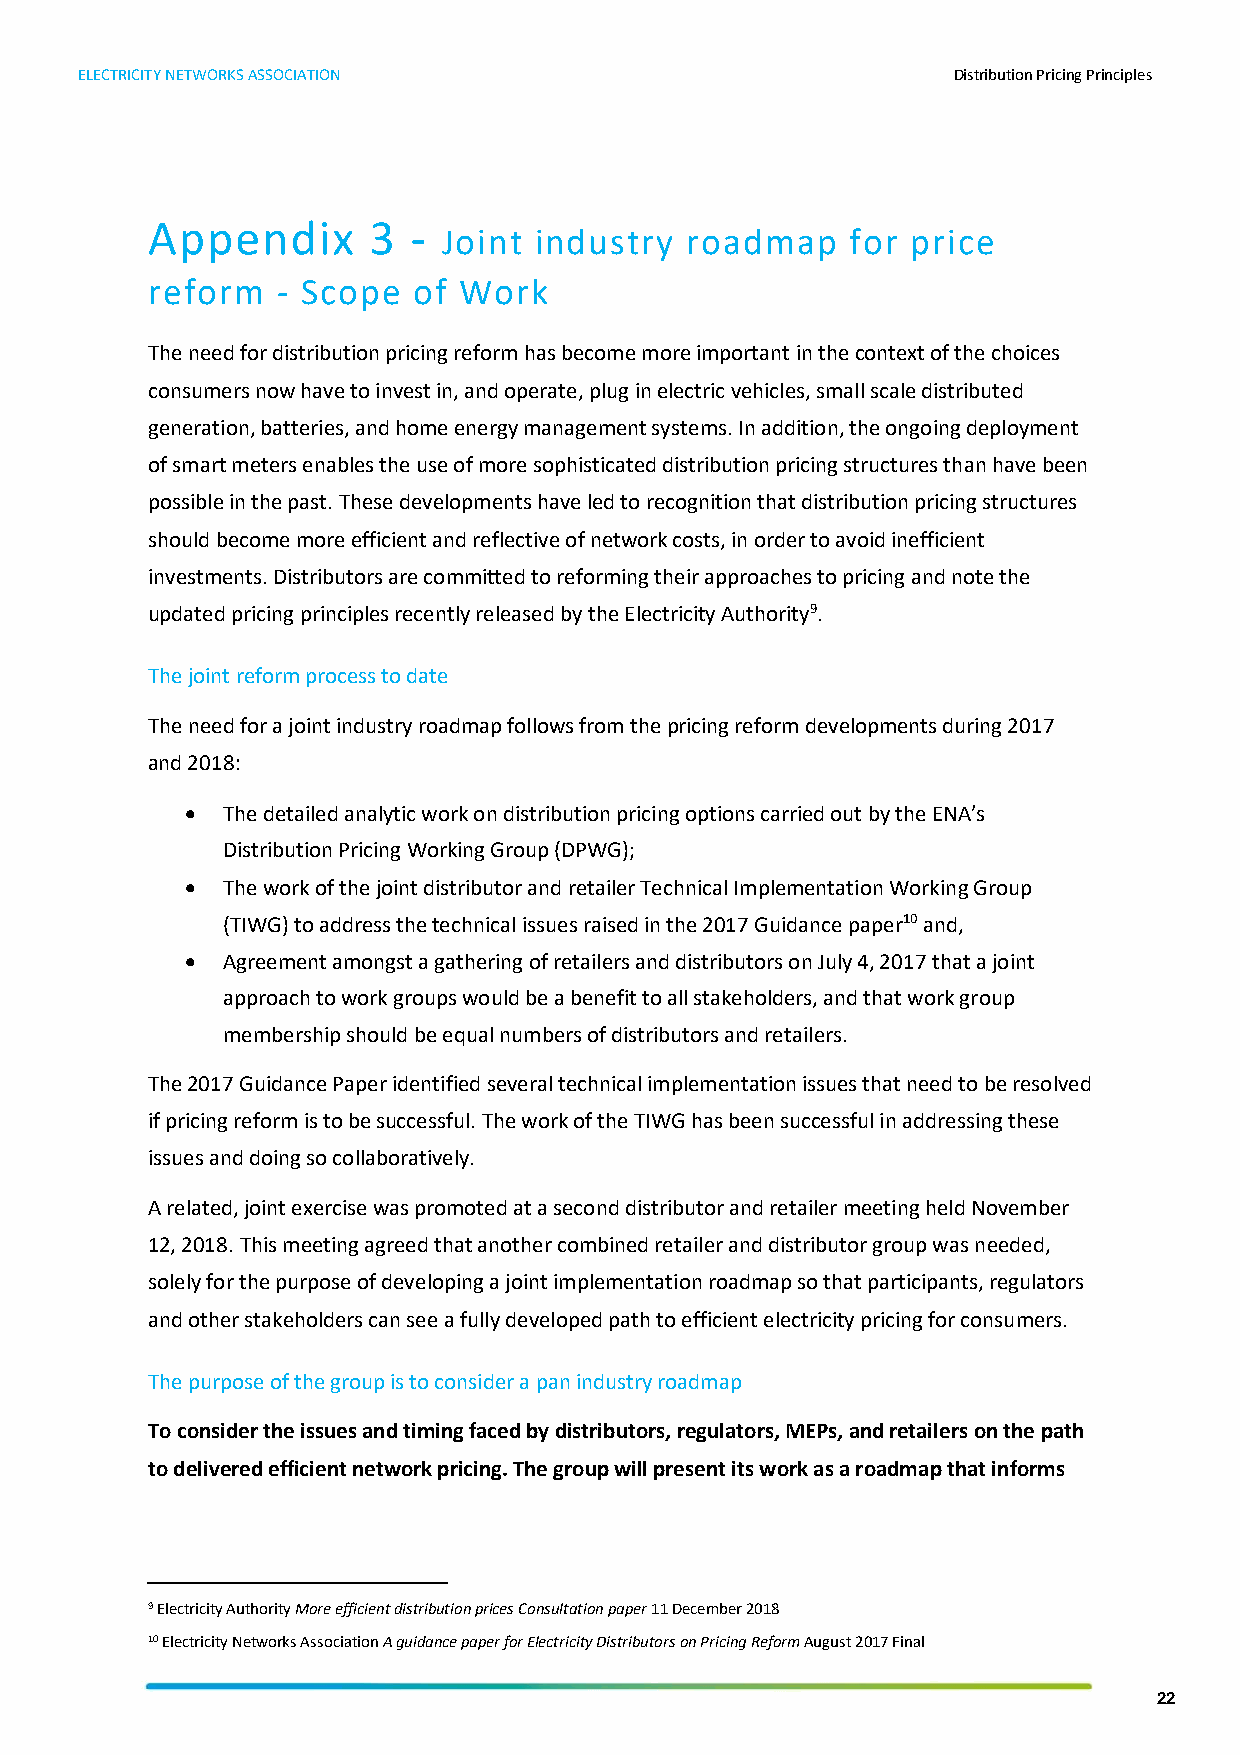
ELECTRICITY NETWORKS ASSOCIATION                          Distribution Pricing Principles
 Appendix      3  -
 Joint industry  roadmap    for price
 reform  - Scope  of Work
 The need for distribution pricing reform has become more important in the context of the choices
 consumers now have to invest in, and operate, plug in electric vehicles, small scale distributed
 generation, batteries, and home energy management systems. In addition, the ongoing deployment
 of smart meters enables the use of more sophisticated distribution pricing structures than have been
 possible in the past. These developments have led to recognition that distribution pricing structures
 should become more efficient and reflective of network costs, in order to avoid inefficient
 investments. Distributors are committed to reforming their approaches to pricing and note the
 updated pricing principles recently released by the Electricity Authority9.
 The joint reform process to date
 The need for a joint industry roadmap follows from the pricing reform developments during 2017
 and 2018:
 •  The detailed analytic work on distribution pricing options carried out by the ENA’s
 Distribution Pricing Working Group (DPWG);
 •  The work of the joint distributor and retailer Technical Implementation Working Group
 (TIWG) to address the technical issues raised in the 2017 Guidance paper10 and,
 •  Agreement amongst a gathering of retailers and distributors on July 4, 2017 that a joint
 approach to work groups would be a benefit to all stakeholders, and that work group
 membership should be equal numbers of distributors and retailers.
 The 2017 Guidance Paper identified several technical implementation issues that need to be resolved
 if pricing reform is to be successful. The work of the TIWG has been successful in addressing these
 issues and doing so collaboratively.
 A related, joint exercise was promoted at a second distributor and retailer meeting held November
 12, 2018. This meeting agreed that another combined retailer and distributor group was needed,
 solely for the purpose of developing a joint implementation roadmap so that participants, regulators
 and other stakeholders can see a fully developed path to efficient electricity pricing for consumers.
 The purpose of the group is to consider a pan industry roadmap
 To consider the issues and timing faced by distributors, regulators, MEPs, and retailers on the path
 to delivered efficient network pricing. The group will present its work as a roadmap that informs
 9 Electricity Authority More efficient distribution prices Consultation paper 11 December 2018
 10 Electricity Networks Association A guidance paper for Electricity Distributors on Pricing Reform August 2017 Final
 22